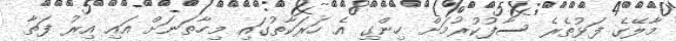
މާލޭގެ ފަޅުތެރެ ސާފުކުރުމަށް ހިންގި އެ ހަރަކާތުގައި މިހާތަނަށް އައި އިރު ފަތާ